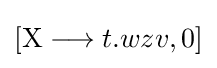
[\mathrm {X} \longrightarrow t.wzv,0]